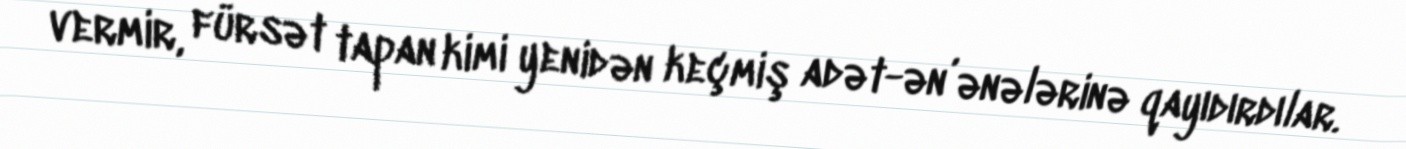
vermir, fürsət tapan kimi yenidən keçmiş adət-ən’ənələrinə qayıdırdılar.